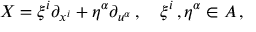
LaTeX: X = \xi ^ { i } \partial _ { x ^ { i } } + \eta ^ { \alpha } \partial _ { u ^ { \alpha } } \, , \quad \xi ^ { i } \, , \eta ^ { \alpha } \in \cal { A } \, ,